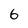
Character: 6